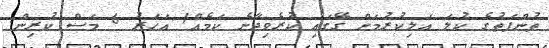
ތުންފަތުގެ ކުލަ އަލިކުރުމަށް ގޭގައި ކުރެވިދާނެ ކަމެއް1 އަހަރު 6 މަސް ކުރިން.